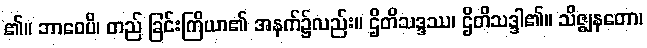
၏။ ဘာဝေပိ၊ တည် ခြင်းကြိယာ၏ အနက်၌လည်း။ ဌိတိသဒ္ဒဿ၊ ဌိတိသဒ္ဒါ၏။ သိဇ္ဈနတော၊